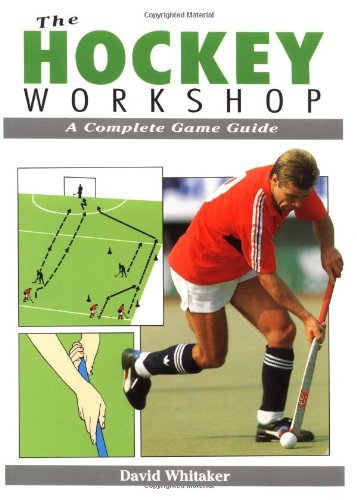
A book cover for The Hockey Workshop: A Complete Game Guide; David Whitaker; Sports & Outdoors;